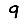
Digit: 9